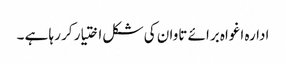
ادارہ اغواہ برائے تاوان کی شکل اختیار کر رہا ہے ۔